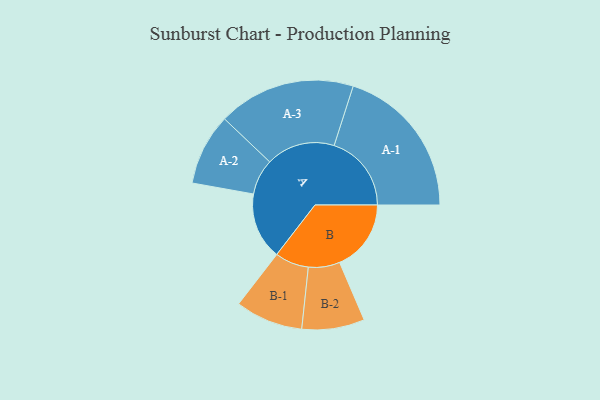
{"axis": {"x": "Segment", "y": "Value"}, "legend": ["", "A", "B"], "data": [{"x": "A", "y": 243, "type": ""}, {"x": "B", "y": 260, "type": ""}, {"x": "A-1", "y": 281, "type": "A"}, {"x": "A-2", "y": 130, "type": "A"}, {"x": "A-3", "y": 250, "type": "A"}, {"x": "B-1", "y": 123, "type": "B"}, {"x": "B-2", "y": 114, "type": "B"}]}